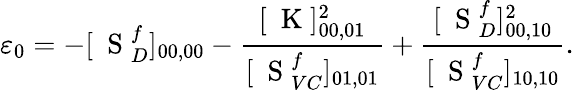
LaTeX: \varepsilon_{0}=-[\mathrm{~\mathbf~S~}_{D}^{f}]_{00,00}-\frac{[\mathrm{~\mathbf~K~}]_{00,01}^{2}}{[\mathrm{~\mathbf~S~}_{VC}^{f}]_{01,01}}+\frac{[\mathrm{~\mathbf~S~}_{D}^{f}]_{00,10}^{2}}{[\mathrm{~\mathbf~S~}_{VC}^{f}]_{10,10}}.